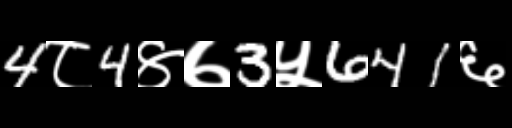
Text: 4८4४७3५641६